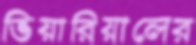
ভিয়ারিয়ালের